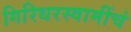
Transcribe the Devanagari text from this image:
गिरिधरस्वामींचं